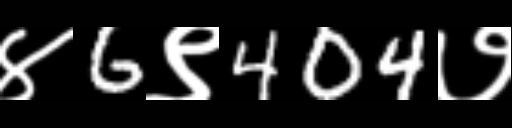
Text: ४6९404७